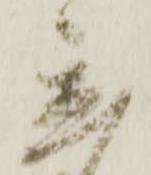
置